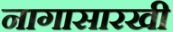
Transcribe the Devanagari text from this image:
नागासारखी